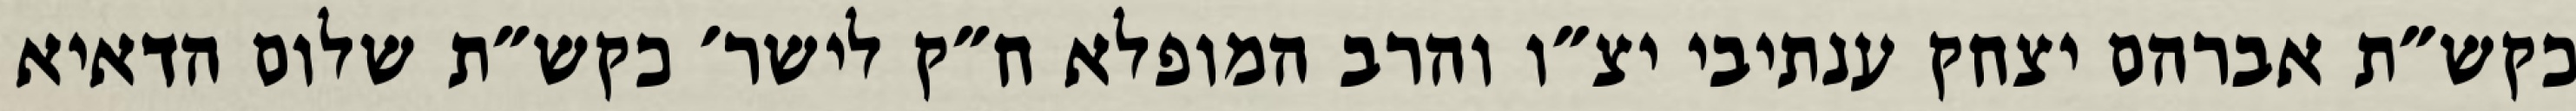
כקש״ת אברהם יצחק ענתיבי יצ״ו והרב המופלא ח״ק לישר׳ כקש״ת שלום הדאיא